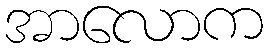
အာလောက